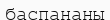
баспананы